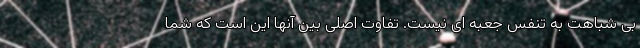
بی شباهت به تنفس جعبه ای نیست. تفاوت اصلی بین آنها این است که شما